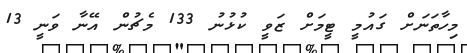
މިހާތަނަށް ގައުމީ ޓީމަށް ޒަވީ ކުޅުނު 133 މެޗުން އޭނާ ވަނީ 13